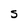
Character: S